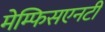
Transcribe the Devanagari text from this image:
मेम्फिसएनटी